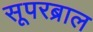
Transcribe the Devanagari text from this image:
सूपरब्राल